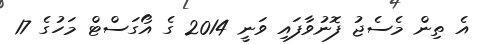
އެ ތިން މެސެޖު ފޮނުވާފައި ވަނީ 2014 ގެ އޯގަސްޓް މަހުގެ 17